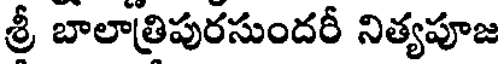
శ్రీ బాలాత్రిపురసుందరీ నిత్యపూజ